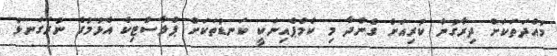
މުއްދަތަކަށް ދިރާގުން ކުރިއަށް ގެންދާ މި ކެމްޕެއިނަކީ ކަނޑުތަކަށް ޕްލާސްޓިކް އެޅުމުގެ ނުރަގަނޅު